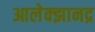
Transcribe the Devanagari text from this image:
आलेक्झानद्र